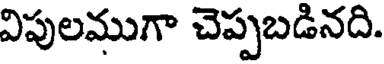
విపులముగా చెప్పబడినది.